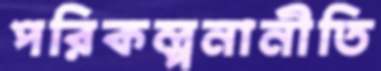
পরিকল্পনানীতি